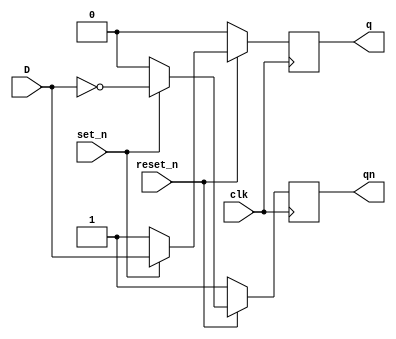
module dff(q,qn,D,clk,set_n,reset_n);
	
  input D,clk,set_n,reset_n;
	
  output q,qn;
	
  reg q,qn;
	
  always@(posedge clk)
      begin
	if(!reset_n)
	    begin q <= 1'b0;
		  qn <= 1'b1;
	    end
	else if(!set_n)
	    begin q <= 1'b1;
		  qn <= 1'b0;
	    end
	else 
	    begin q <= D;
		  qn <= ~D;
	    end
      end
	
endmodule